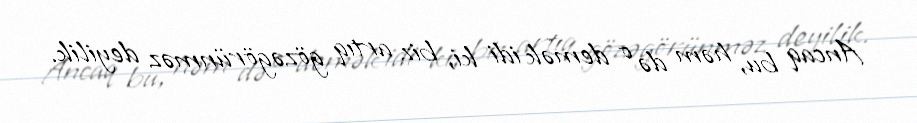
Ancaq bu, həm də o demək idi ki, biz artıq gözəgörünməz deyilik.